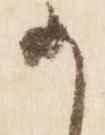
か